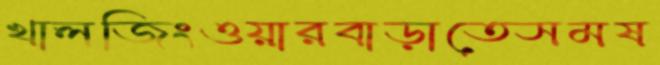
খালজিংওয়ারবাড়াতেসমষ